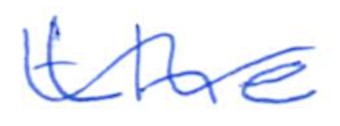
Text: the
Cross-out: wave
Writing tool: ballpoint